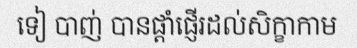
ទៀ បាញ់ បានផ្តាំផ្ញើរដល់សិក្ខាកាម